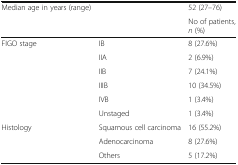
<table><thead><tr><td><b>Median age in years (range)</b></td><td></td><td><b>52 (27–76)</b></td></tr><tr><td colspan="2"></td><td><b>No of patients, <i>n</i> (%)</b></td></tr></thead><tbody><tr><td rowspan="6">FIGO stage</td><td>IB</td><td>8 (27.6%)</td></tr><tr><td>IIA</td><td>2 (6.9%)</td></tr><tr><td>IIB</td><td>7 (24.1%)</td></tr><tr><td>IIIB</td><td>10 (34.5%)</td></tr><tr><td>IVB</td><td>1 (3.4%)</td></tr><tr><td>Unstaged</td><td>1 (3.4%)</td></tr><tr><td rowspan="3">Histology</td><td>Squamous cell carcinoma</td><td>16 (55.2%)</td></tr><tr><td>Adenocarcinoma</td><td>8 (27.6%)</td></tr><tr><td>Others</td><td>5 (17.2%)</td></tr></tbody></table>